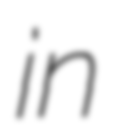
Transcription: in